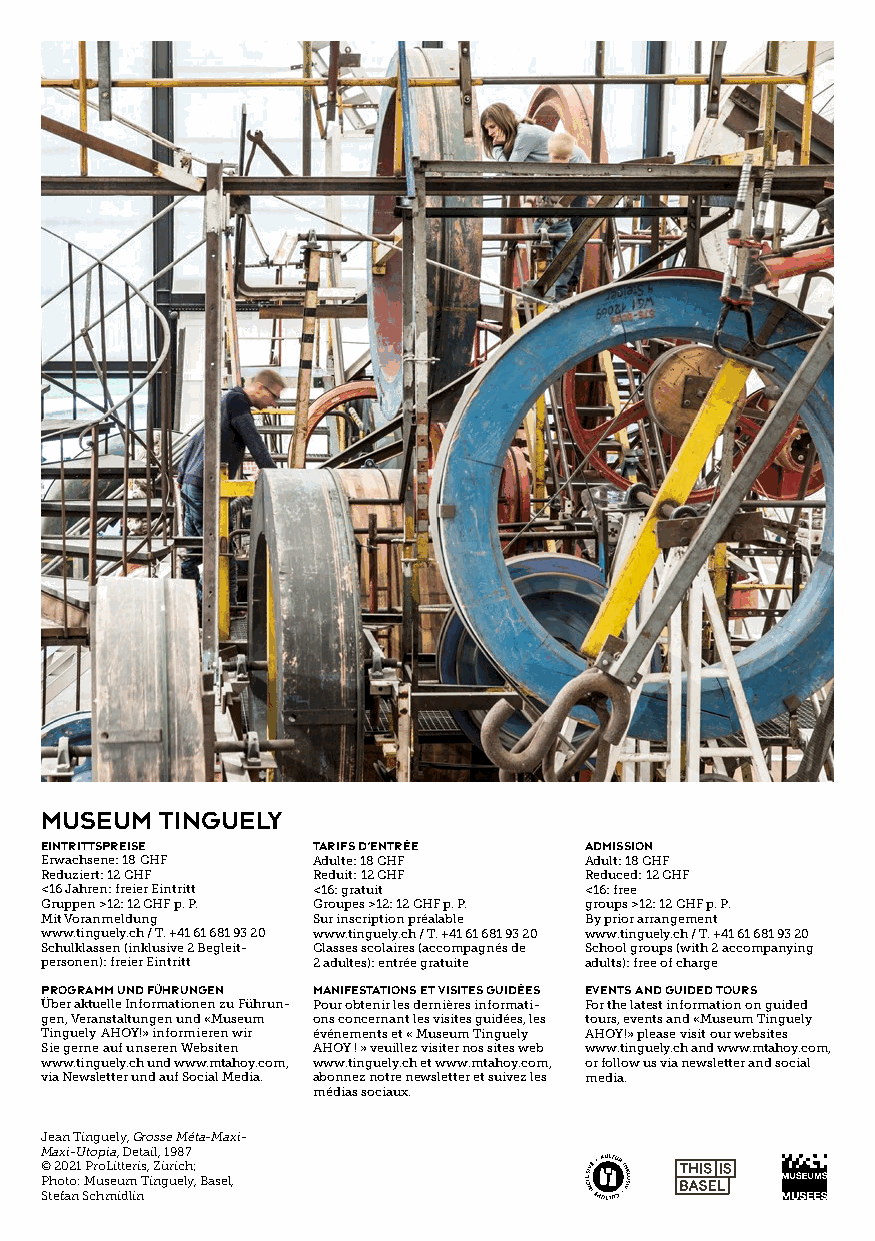
museum  Tinguely
 Eintrittspreise   Tarifs d’entrée   Admission
 Erwachsene: 18 CHF Adulte: 18 CHF   Adult: 18 CHF
 Reduziert: 12 CHF Reduit: 12 CHF    Reduced: 12 CHF
 <16 Jahren: freier Eintritt <16: gratuit <16: free
 Gruppen >12: 12 CHF p. P. Groupes >12: 12 CHF p. P. groups >12: 12 CHF p. P.
 Mit Voranmeldung  Sur inscription préalable By prior arrangement
 www.tinguely.ch / T. +41 61 681 93 20 www.tinguely.ch / T. +41 61 681 93 20 www.tinguely.ch / T. +41 61 681 93 20
 Schulklassen (inklusive 2 Begleit- Classes scolaires (accompagnés de School groups (with 2 accompanying
 personen): freier Eintritt 2 adultes): entrée gratuite adults): free of charge
 Programm und Führungen Manifestations et visites guidées Events and guided tours
 Über aktuelle Informationen zu Führun- Pour obtenir les dernières informati- For the latest information on guided
 gen, Veranstaltungen und «Museum ons concernant les visites guidées, les tours, events and «Museum Tinguely
 Tinguely AHOY!» informieren wir événements et « Museum Tinguely AHOY!» please visit our websites
 Sie gerne auf unseren Websiten AHOY ! » veuillez visiter nos sites web www.tinguely.ch and www.mtahoy.com,
 www.tinguely.ch und www.mtahoy.com, www.tinguely.ch et www.mtahoy.com, or follow us via newsletter and social
 via Newsletter und auf Social Media. abonnez notre newsletter et suivez les media.
 médias sociaux.
 Jean Tinguely, Grosse Méta-Maxi-
 Maxi-Utopia, Detail, 1987
 © 2021 ProLitteris, Zürich;
 Photo: Museum Tinguely, Basel,
 Stefan Schmidlin